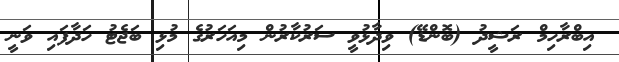
އިބްރާހިމް ރަޝީދު (ބޮންޑޭ) ވިދާޅުވީ ސަރުކާރުން މިއަހަރުގެ މުޅި ބަޖެޓު ހަދާފައި ވަނީ